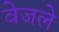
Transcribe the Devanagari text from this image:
वेजले